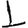
Digit: 1